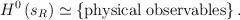
LaTeX: \begin{align*}H^{0}\left( s_{R}\right) \simeq \left\{ {\rm physical\;observables}\right\} .\end{align*}